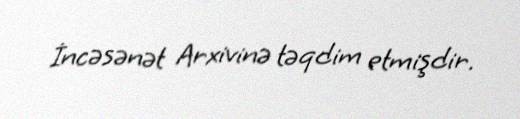
İncəsənət Arxivinə təqdim etmişdir.